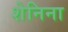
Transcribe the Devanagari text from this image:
शेनिना